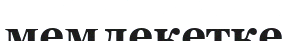
мемлекетке